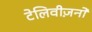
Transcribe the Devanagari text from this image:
टेलिवीज़नों